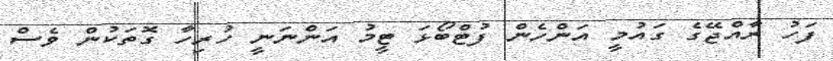
ފަހު ރާއްޖޭގެ ގައުމީ އަންހެން ފުޓްބޯޅަ ޓީމު އަންނަނީ ހުރިހާ ގޮތަކުން ވެސް